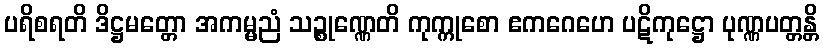
ပရိစရတိ ဒိဋ္ဌမတ္တော အကမ္မညံ သဉ္စုဏ္ဏေတိ ကုက္ကုစော ဧကဂေဟေ ပဋိကုဋ္ဌော ပုဏ္ဏပတ္တန္တိ